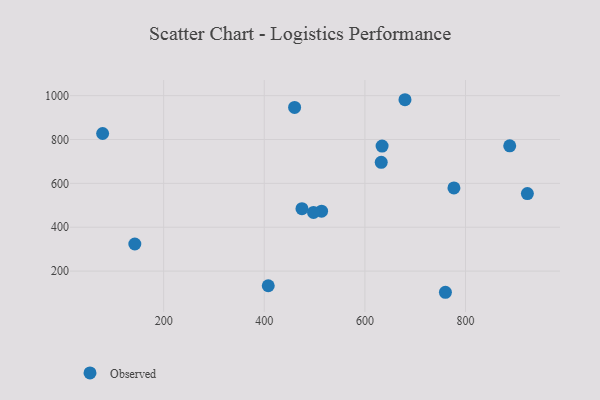
{"axis": {"x": "Ad Spend", "y": "Yield"}, "legend": ["Observed"], "data": [{"x": "923.0", "y": 553.6, "type": "Observed"}, {"x": "407.9", "y": 133.2, "type": "Observed"}, {"x": "513.9", "y": 473.3, "type": "Observed"}, {"x": "632.5", "y": 695.9, "type": "Observed"}, {"x": "887.9", "y": 771.1, "type": "Observed"}, {"x": "777.0", "y": 579.0, "type": "Observed"}, {"x": "679.7", "y": 981.4, "type": "Observed"}, {"x": "474.9", "y": 484.4, "type": "Observed"}, {"x": "142.7", "y": 323.6, "type": "Observed"}, {"x": "460.3", "y": 946.5, "type": "Observed"}, {"x": "78.7", "y": 827.4, "type": "Observed"}, {"x": "760.1", "y": 103.4, "type": "Observed"}, {"x": "497.9", "y": 467.5, "type": "Observed"}, {"x": "634.2", "y": 770.1, "type": "Observed"}]}